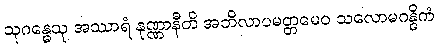
သုဂန္ဓေသု အဿာရံ နုဏ္ဏာနီတိ အဘိလာပမတ္တမေဝ သလောမဂန္ဓိကံ